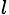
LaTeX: _l